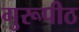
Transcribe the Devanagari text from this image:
गुरूपीठ